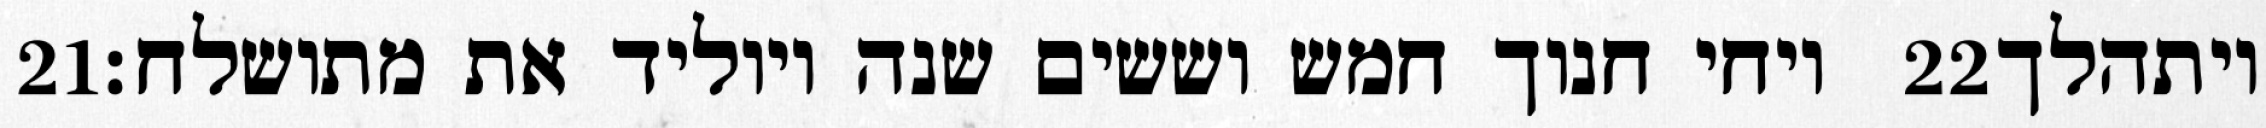
‎21‏ ויחי חנוך חמש וששים שנה ויוליד את מתושלח׃ ‎22‏ ויתהלך